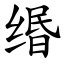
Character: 缗